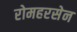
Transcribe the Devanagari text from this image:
रोमहरसेन